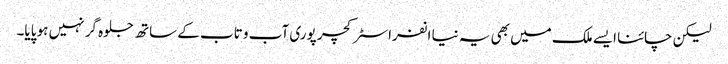
لیکن چائنا ایسے ملک میں بھی یہ نیا انفراسٹرکچر پوری آب و تاب کے ساتھ جلوہ گر نہیں ہو پایا۔